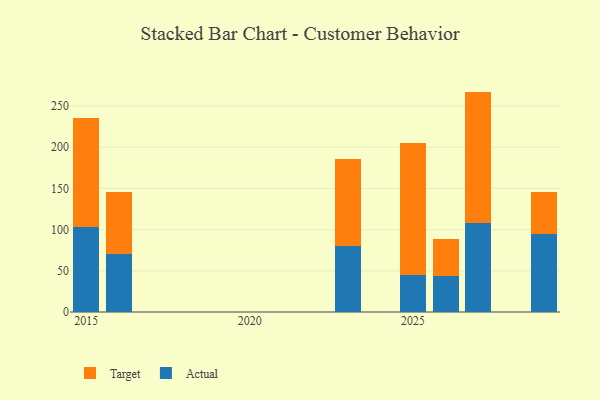
{"axis": {"x": "Year", "y": "Population (Million)"}, "legend": ["Actual", "Target"], "data": [{"x": "2015", "y": 103.3, "type": "Actual"}, {"x": "2015", "y": 132.3, "type": "Target"}, {"x": "2029", "y": 94.8, "type": "Actual"}, {"x": "2029", "y": 50.5, "type": "Target"}, {"x": "2023", "y": 80.6, "type": "Actual"}, {"x": "2023", "y": 105.0, "type": "Target"}, {"x": "2026", "y": 43.1, "type": "Actual"}, {"x": "2026", "y": 46.0, "type": "Target"}, {"x": "2025", "y": 45.2, "type": "Actual"}, {"x": "2025", "y": 160.1, "type": "Target"}, {"x": "2016", "y": 69.9, "type": "Actual"}, {"x": "2016", "y": 75.6, "type": "Target"}, {"x": "2027", "y": 108.0, "type": "Actual"}, {"x": "2027", "y": 159.5, "type": "Target"}]}